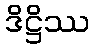
ဒိဋ္ဌိဿ